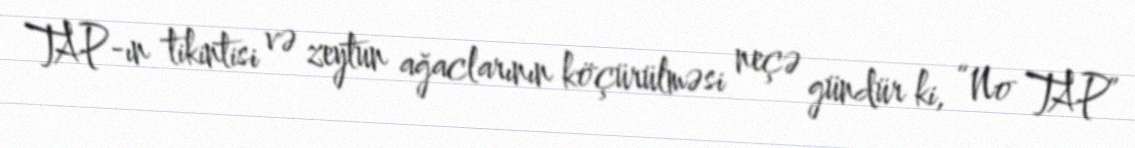
TAP-ın tikintisi və zeytun ağaclarının köçürülməsi neçə gündür ki, “No TAP”